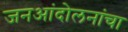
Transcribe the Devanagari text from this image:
जनआंदोलनांचा